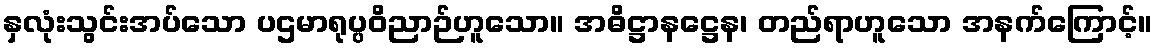
နှလုံးသွင်းအပ်သော ပဌမာရုပ္ပဝိညာဉ်ဟူသော။ အဓိဋ္ဌာနဋ္ဌေန၊ တည်ရာဟူသော အနက်ကြောင့်။